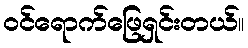
ဝင်ရောက်ဖြေရှင်းတယ်။